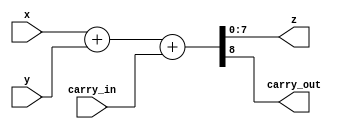
// This program was cloned from: https://github.com/RomeoMe5/DDLM
// License: MIT License

module adder
#( 
    parameter WIDTH = 8
)
(
    input  [WIDTH - 1:0] x, y,    
    input  carry_in,
    output [WIDTH - 1:0] z,
    output carry_out
);
    assign {carry_out, z} = x + y + carry_in;
endmodule